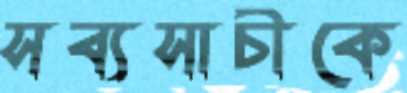
সব্যসাচীকে